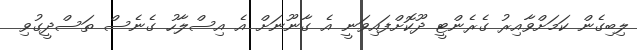
ލިބިގެން ކަމަށްވާއިރު ގެރެންޓީ ދޫކޮށްފައިވަނީ އެ ގާނޫނަށް އެ އިސްލާހު ގެނެސް ތަސްދީގުވި